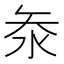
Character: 𭰋